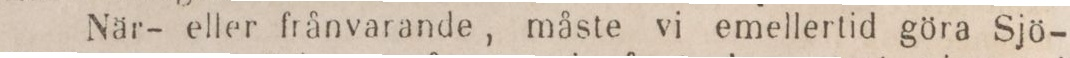
När- eller frånvarande, måste vi emellertid göra Sjö-